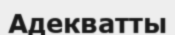
Адекватты